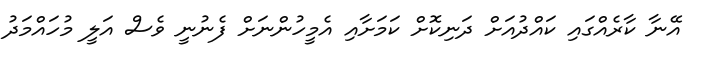
އޭނާ ކާރެއްގައި ކައްދުއަށް ދަނިކޮށް ކަމަށާއި އެމީހުންނަށް ފެނުނީ ވެސް އަލީ މުހައްމަދު